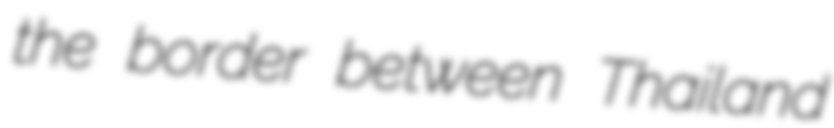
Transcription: the border between Thailand